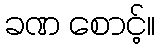
ခဏ စောင့်။